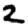
Digit: 2